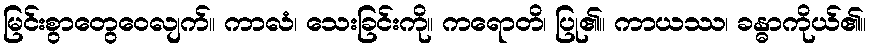
မြင်းစွာတွေဝေလျက်။ ကာလံ၊ သေးခြင်းကို။ ကရောတိ၊ ပြု၏။ ကာယဿ၊ ခန္ဓာကိုယ်၏။